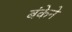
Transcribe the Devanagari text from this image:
बंकेने